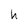
Character: h